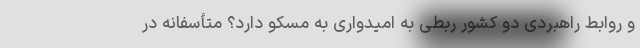
و روابط راهبردی دو کشور ربطی به امیدواری به مسکو دارد؟ متأسفانه در